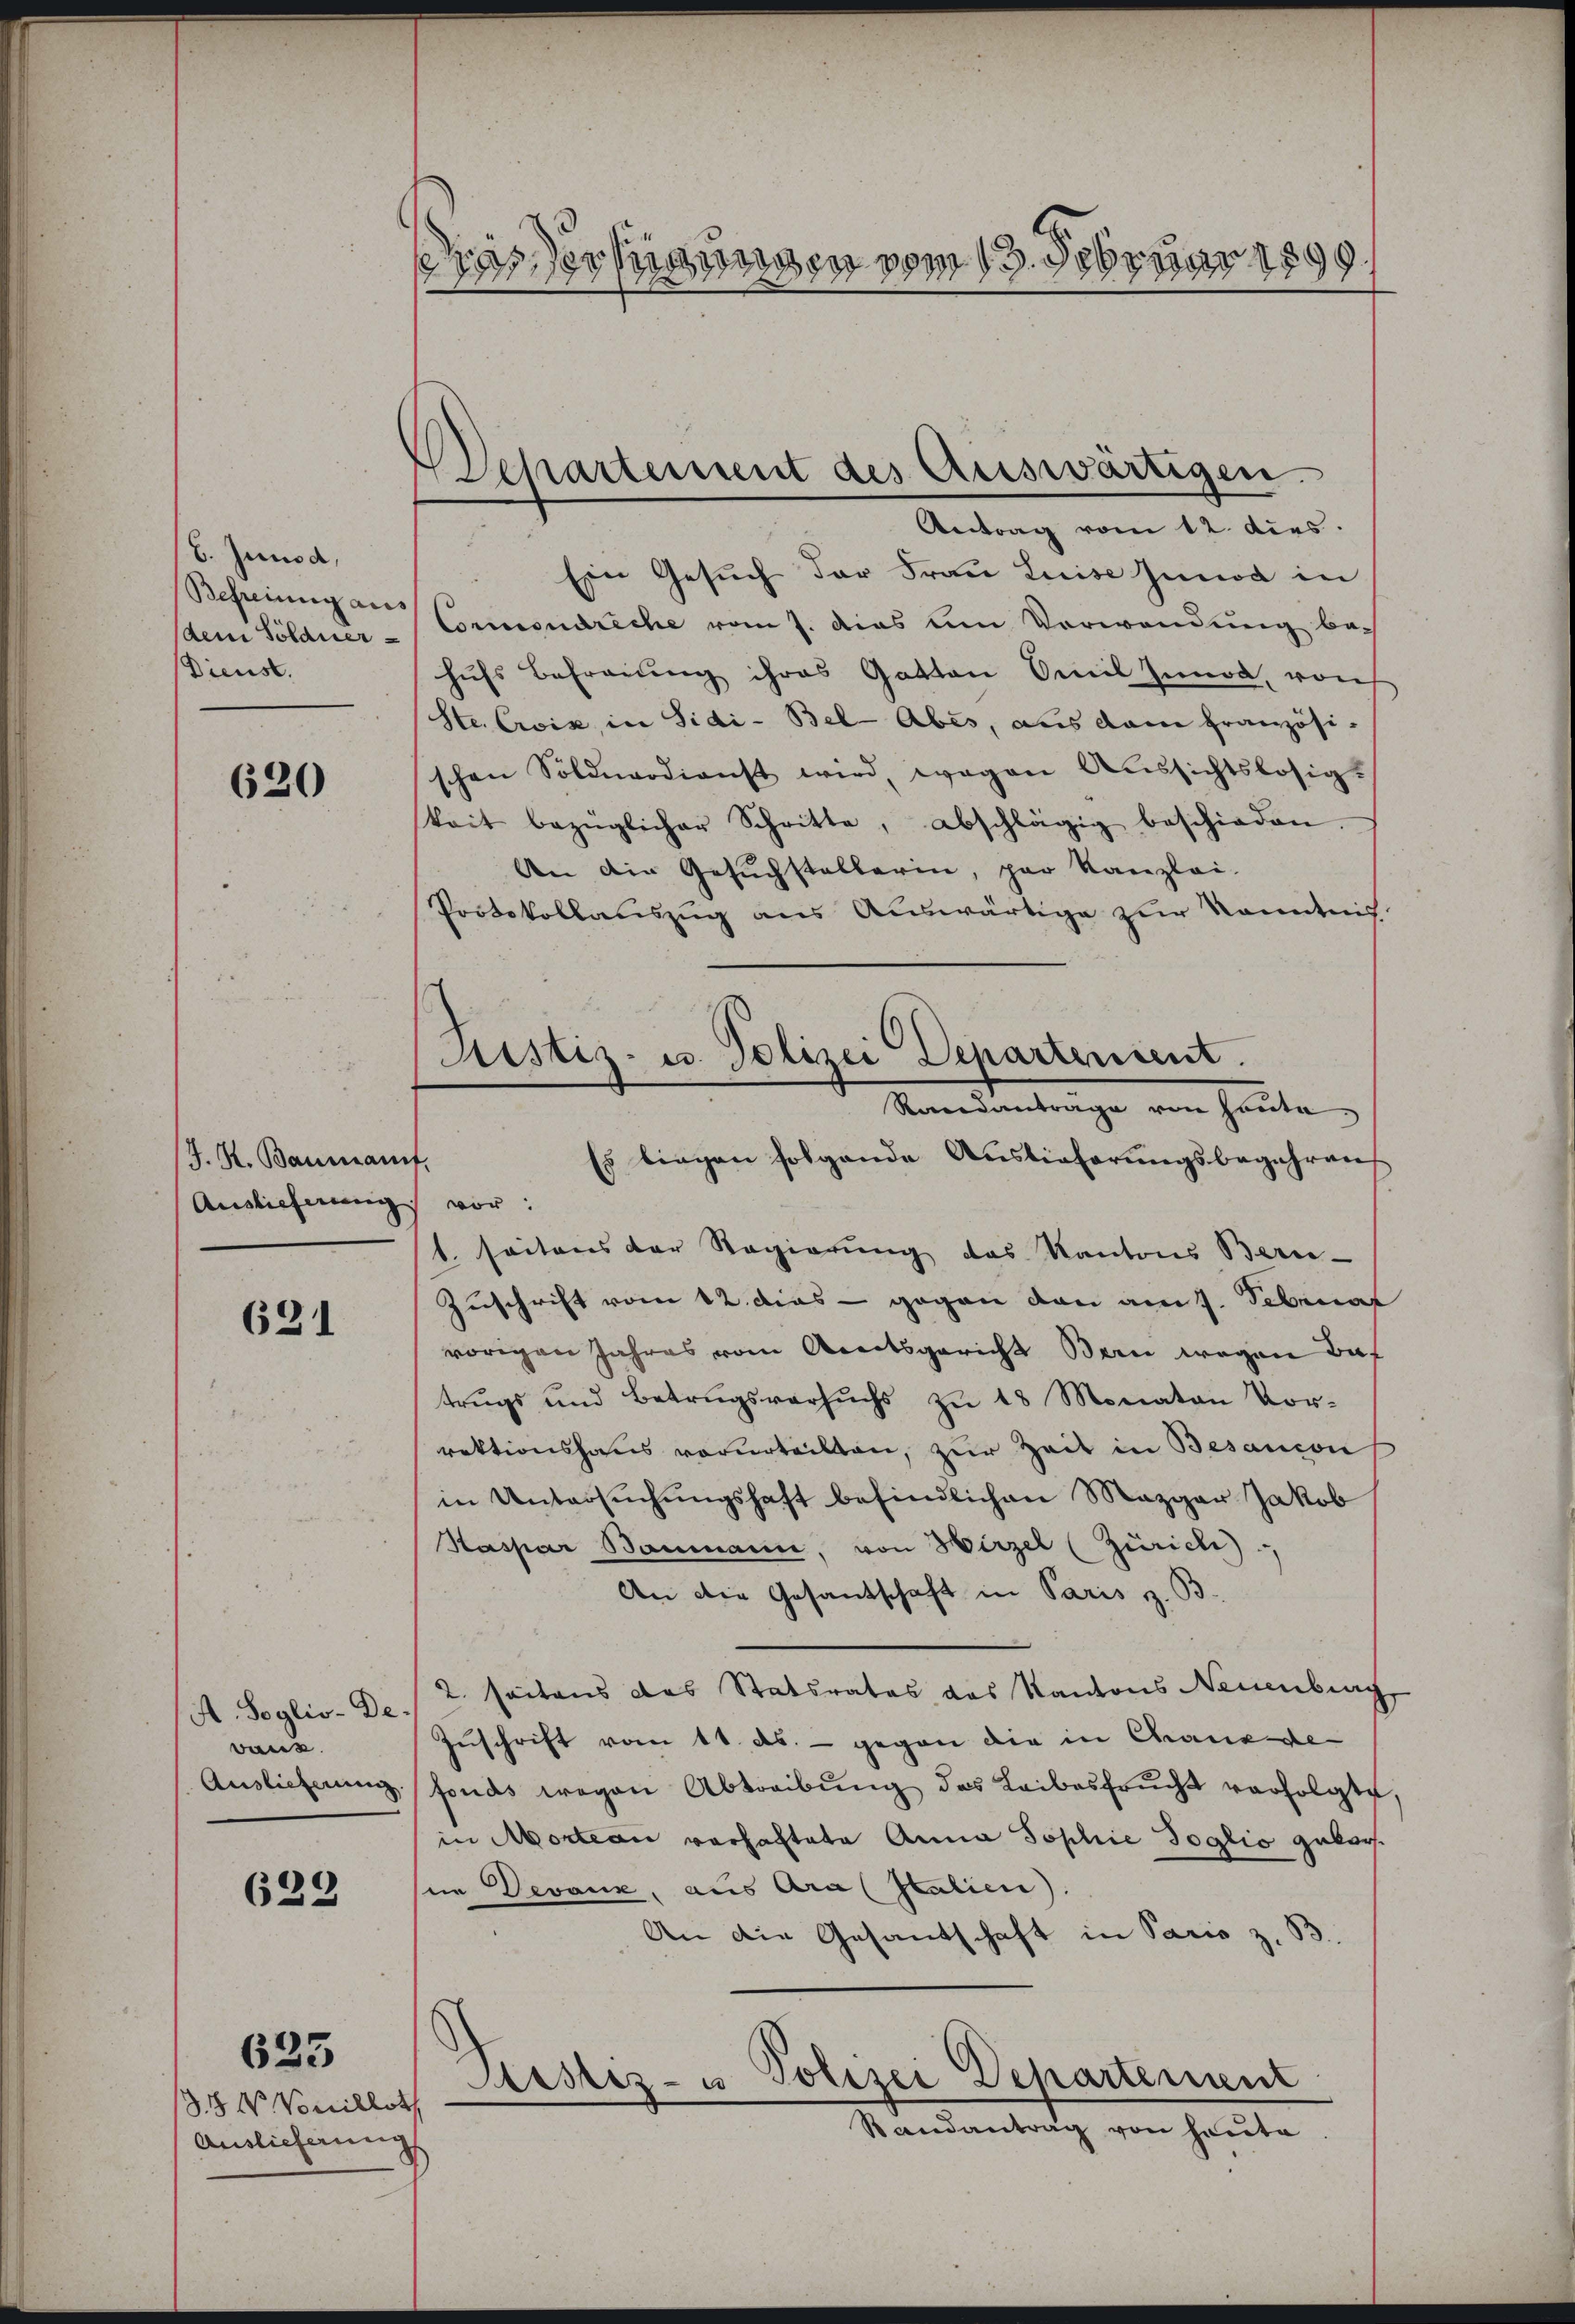
E. Juni d.
Befreiung aus
(dem Solaner¬
Dienst.

620

J. K. Baumani
Auslicherung

621

A. Soglio-Devans.
Auslieferung.

629

135 V Vouillot
Auslieferung

623

ras erfügungen vom 13. Februar 1899.

Separtement des Auswärtigen.
Antrag vom 12. dies

Ristiz- u. Polizei Departement.
Raandantrage von heute
Es bingen folgende Auslieferungsbegehrens
.

Ein Gesuch der Frau Luise Innod in
Conciendreche vom 7. das um Vorwendung behufs Befrauung ihres Gatten Emil Innod, von
Ste. Croix, in Sidi-Bel-Abes, aus dem französischen Soldnardienst wird, wegen Aŭssichtslosig-
keit bezüglicher Schritte, abschlägig beschieden.
An die Gesuchstellerin, par Kanzlei-
Protokollauszug aus Auswärtige zur Kenntnis
vor.
t seitens der Regierung des Kantons Bern-
Zuschrift vom 12. dies - gegen den am 7. Februar
vorigen Jahres vom Areitsgericht Bern wegen Baf
trŭgs und Betragsversŭchs zŭ 18 Monaten Vor-
rektionshaus verurteilten, zur Zeit in Besancon
in Untersŭchŭngshaft befindlichen Mezger Jakob
Kaspar Baumann, von Hirzel (Zürich)
An die Gesandschaft in Paris z. B.
2. seitens das Statsrates des Kantons Neuenburg
Zuschrift vom 11. ds. - gegen die in Chauende
fonds wegen Abtreibŭng des Leibesfrucht verfolgte,
in Mortian verhaftete Anna Sophie doglio geborne Devanz, aus Ara Italien).
An die Gesandschaft in Paris z. B.
Justiz- u Polizei Departement
Randantrag von heute